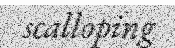
scalloping